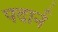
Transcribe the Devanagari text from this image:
पदार्न